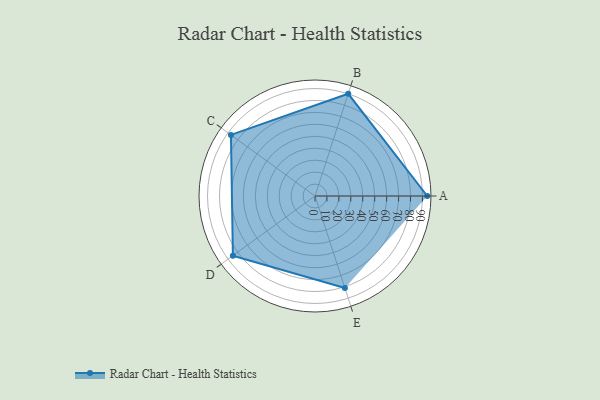
{"axis": {"x": "Skill", "y": "Score"}, "legend": ["Profile"], "data": [{"x": "A", "y": 94.0, "type": "Profile"}, {"x": "B", "y": 90.0, "type": "Profile"}, {"x": "C", "y": 87.0, "type": "Profile"}, {"x": "D", "y": 85.0, "type": "Profile"}, {"x": "E", "y": 81.0, "type": "Profile"}]}